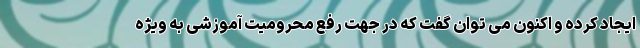
ایجاد کرده و اکنون می توان گفت که در جهت رفع محرومیت آموزشی به ویژه